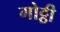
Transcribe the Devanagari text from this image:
गोट्ठी